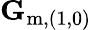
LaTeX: \mathbf{G}_{\mathrm{m,(1,0)}}